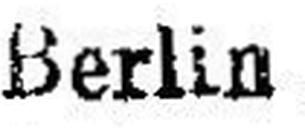
Berlin